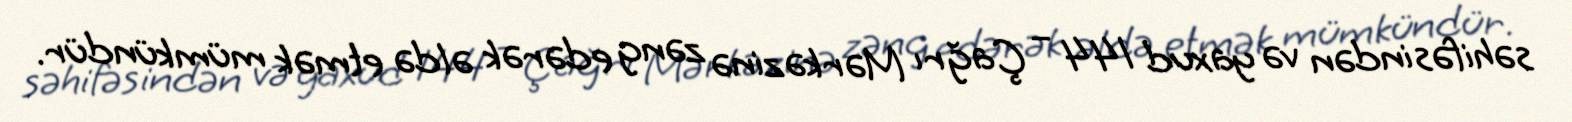
səhifəsindən və yaxud 144 – Çağrı Mərkəzinə zəng edərək əldə etmək mümkündür.